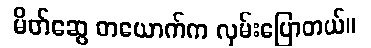
မိတ်ဆွေ တယောက်က လှမ်းပြောတယ်။